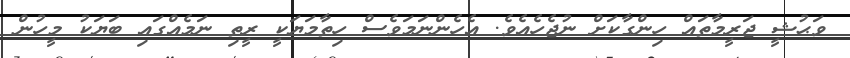
ވަޙުޝީ ޖަރީމާތައް ހިންގާކަށް ނުޖެހެއެވެ. އެހެންނަމަވެސް ހިތާމަޔަކީ ރީތި ނަމެއްގައި ބަޔަކު މީހުން